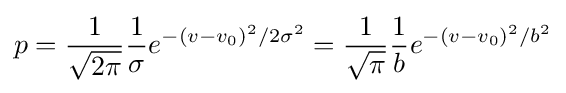
p={\frac {1}{\sqrt {2\pi }}}{\frac {1}{\sigma }}e^{-(v-v_{0})^{2}/2\sigma ^{2}}={\frac {1}{\sqrt {\pi }}}{\frac {1}{b}}e^{-(v-v_{0})^{2}/b^{2}}